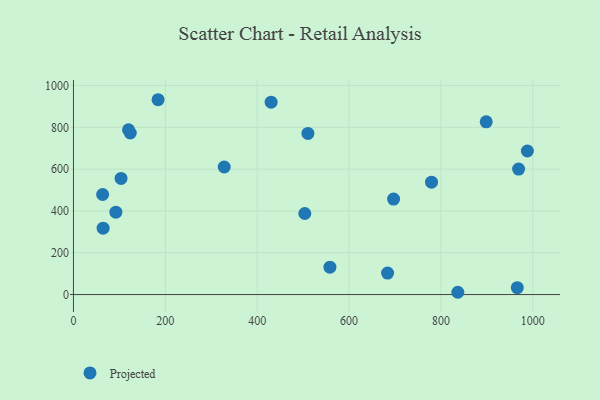
{"axis": {"x": "Investment", "y": "Fuel Efficiency"}, "legend": ["Projected"], "data": [{"x": "683.8", "y": 102.6, "type": "Projected"}, {"x": "836.7", "y": 10.9, "type": "Projected"}, {"x": "64.6", "y": 317.6, "type": "Projected"}, {"x": "510.4", "y": 771.1, "type": "Projected"}, {"x": "898.5", "y": 826.4, "type": "Projected"}, {"x": "92.3", "y": 394.0, "type": "Projected"}, {"x": "558.3", "y": 130.9, "type": "Projected"}, {"x": "328.2", "y": 610.4, "type": "Projected"}, {"x": "123.7", "y": 773.1, "type": "Projected"}, {"x": "119.9", "y": 788.5, "type": "Projected"}, {"x": "779.4", "y": 537.6, "type": "Projected"}, {"x": "503.6", "y": 387.8, "type": "Projected"}, {"x": "63.5", "y": 478.7, "type": "Projected"}, {"x": "966.2", "y": 32.8, "type": "Projected"}, {"x": "696.8", "y": 456.6, "type": "Projected"}, {"x": "969.0", "y": 600.6, "type": "Projected"}, {"x": "988.1", "y": 686.8, "type": "Projected"}, {"x": "430.3", "y": 920.5, "type": "Projected"}, {"x": "103.6", "y": 555.8, "type": "Projected"}, {"x": "184.2", "y": 932.2, "type": "Projected"}]}